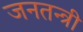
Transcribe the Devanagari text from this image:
जनतन्त्री